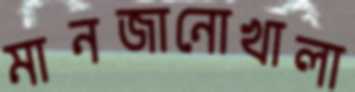
মানজানোখালা